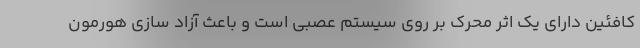
کافئین دارای یک اثر محرک بر روی سیستم عصبی است و باعث آزاد سازی هورمون